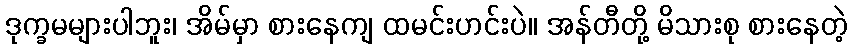
ဒုက္ခမများပါဘူး၊ အိမ်မှာ စားနေကျ ထမင်းဟင်းပဲ။ အန်တီတို့ မိသားစု စားနေတဲ့